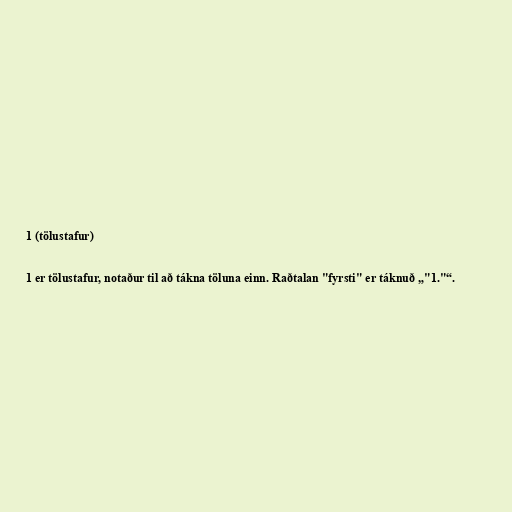
1 (tölustafur)

1 er tölustafur, notaður til að tákna töluna einn. Raðtalan "fyrsti" er táknuð „"1."“.